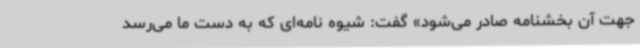
جهت آن بخشنامه صادر می‌شود» گفت:‌ شیوه نامه‌ای که به دست ما می‌رسد